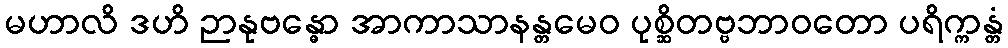
မဟာလိ ဒဟိ ဉာနုဗန္ဓော အာကာသာနန္တမေဝ ပုစ္ဆိတဗ္ဗဘာဝတော ပရိက္ကန္တံ